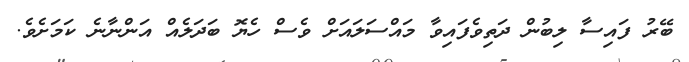
ބޭރު ފައިސާ ލިބުން ދަތިވެފައިވާ މައްސަލައަށް ވެސް ހެޔޮ ބަދަލެއް އަންނާނެ ކަމަށެވެ.